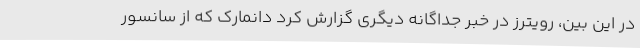
در این بین، رویترز در خبر جداگانه دیگری گزارش کرد دانمارک که از سانسور